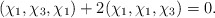
\begin{align*}(\chi_1,\chi_3,\chi_1)+2(\chi_1,\chi_1,\chi_3)=0.\end{align*}